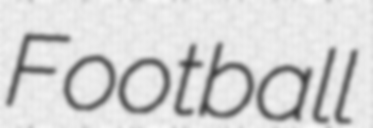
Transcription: Football